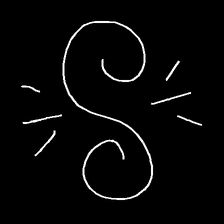
Glyph: wind-directs-air